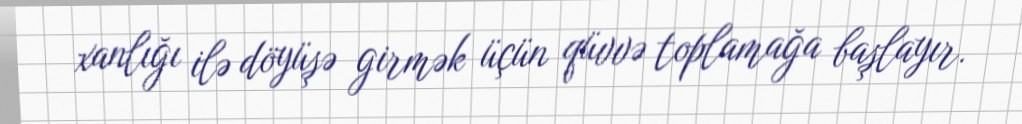
xanlığı ilə döyüşə girmək üçün qüvvə toplamağa başlayır.